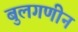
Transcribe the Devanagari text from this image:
बुलगणीन